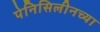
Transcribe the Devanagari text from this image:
पेनिसिलीनच्या